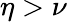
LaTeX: \eta>\nu